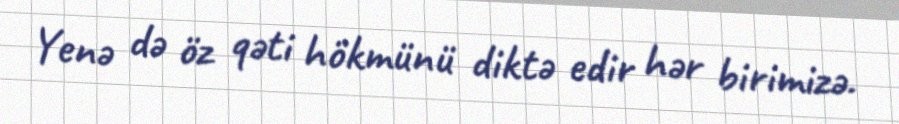
Yenə də öz qəti hökmünü diktə edir hər birimizə.